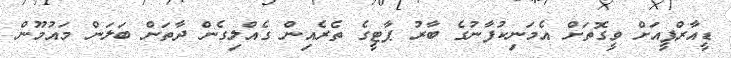
ޑީއާރްޕީއަށް ވީގޮތަށް އެމަނިކުފާނުގެ ބާރު ޕާޓީގެ ތެރެއިންް ގެއްލިގެން ދާތަން ބަލަން މައުމޫން